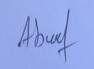
Signature authenticity: genuine